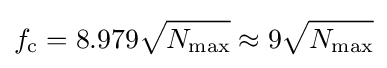
f_{\text{c}}=8.979{\sqrt {N_{\text{max}}}}\approx 9{\sqrt {N_{\text{max}}}}